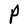
Character: P